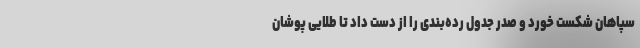
سپاهان شکست خورد و صدر جدول رده‌بندی را از دست داد تا طلایی پوشان